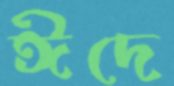
ঈদে